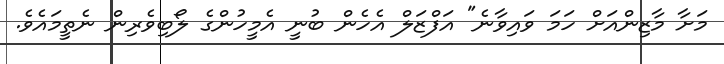
މަށާ މާޒިންއަށް ހަމަ ވައިވާނެ" އަފްޒަލް އެހެން ބުނީ އެމީހުންގެ ލޯބިވެރިން ނެތީމައެވެ.